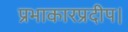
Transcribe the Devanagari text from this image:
प्रभाकारप्रदीप।